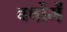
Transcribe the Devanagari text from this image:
वर्षोमें